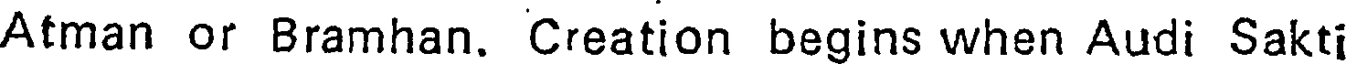
Atman or Bramhan. Creation begins when Audi Sakt